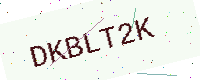
Text: DKBLT2K